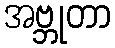
အဗ္ဘုတာ